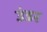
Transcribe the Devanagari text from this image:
उंडर